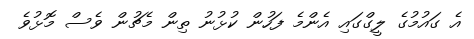
އެ ގައުމުގެ ލީގްގައި އެންމެ ފަހުން ކުޅުނު ތިން މެޗުން ވެސް މޮޅުވެ